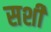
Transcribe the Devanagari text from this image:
सशी